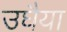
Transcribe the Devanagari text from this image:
उघैया